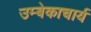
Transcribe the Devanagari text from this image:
उम्बेकाचार्य